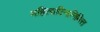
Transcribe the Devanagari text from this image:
महिलादिनानिमित्त